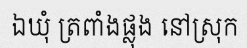
ឯឃុំ ត្រពាំងផ្លុង នៅស្រុក